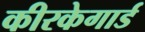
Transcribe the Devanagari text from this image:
कीरकेगार्ड